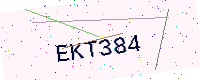
Text: EKT384